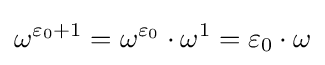
\omega ^{\varepsilon _{0}+1}=\omega ^{\varepsilon _{0}}\cdot \omega ^{1}=\varepsilon _{0}\cdot \omega